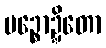
ပဉ္စောဍ္ဍိတော